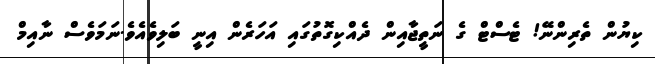
ކިޔުން ތެރިންނޭ! ޓެސްޓް ގެ ނަތީޖާއިން ދެއްކިގޮތުގައި އަހަރެން އިނީ ބަލިވެއެވެ.ނަމަވެސް ނާއިމް